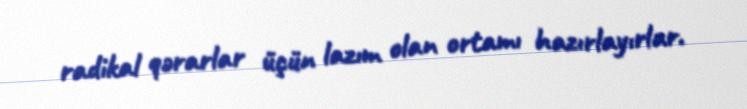
radikal qərarlar üçün lazım olan ortamı hazırlayırlar.